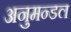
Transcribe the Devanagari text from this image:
अनुमन्डल